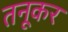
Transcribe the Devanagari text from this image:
तनूकर